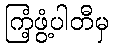
ကြံ့ဖွံ့ပါတီမှ